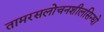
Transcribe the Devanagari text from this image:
तामरसलोचनशीलसिन्धो